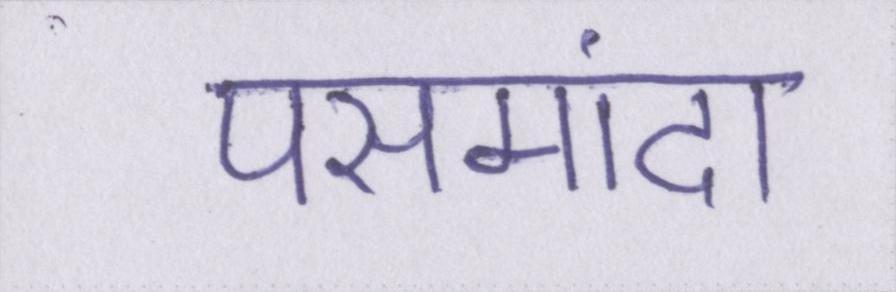
पसमांदा